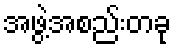
အဖွဲ့အစည်းတခု